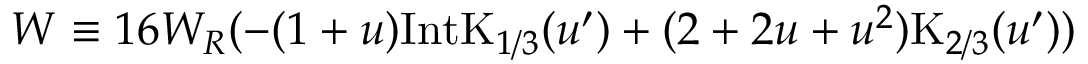
W \equiv 1 6 W _ { R } ( - ( 1 + u ) \mathrm { I n t K } _ { 1 / 3 } ( u ^ { \prime } ) + ( 2 + 2 u + u ^ { 2 } ) \mathrm { K } _ { 2 / 3 } ( u ^ { \prime } ) )